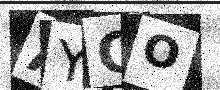
Text: AYGO